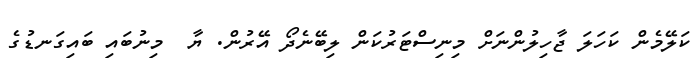
ކަލޭމެން ކަހަލަ ޖާހިލުންނަށް މިނިސްޓަރުކަން ލިބޭނެދޯ އޭރުން. ޔާ  މިނުބައި ބައިގަނޑުގެ